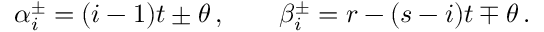
\alpha _ { i } ^ { \pm } = ( i - 1 ) t \pm \theta \, , \qquad \beta _ { i } ^ { \pm } = r - ( s - i ) t \mp \theta \, .